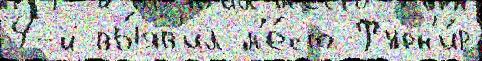
4-й вы́яв'ил м'е́сто Турн'и́р